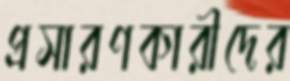
প্রসারণকারীদের